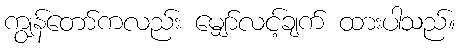
ကျွန်တော်ကလည်း မျှော်လင့်ချက် ထားပါသည်။